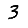
Digit: 3